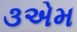
૩એમ